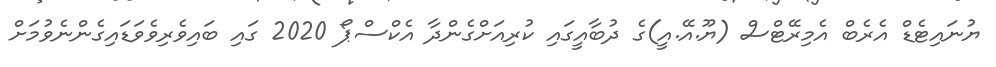
ޔުނައިޓެޑް އެރެބް އެމިރޭޓްސް (ޔޫ.އޭ.އީ)ގެ ދުބާއީގައި ކުރިއަށްގެންދާ އެކްސްޕޯ 2020 ގައި ބައިވެރިވެވަޑައިގެންނެވުމަށް